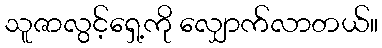
သူဇာလွင့်ရှေ့ကို လျှောက်လာတယ်။